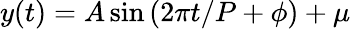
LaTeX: y(t)=A\sin{\left(2\pi t/P+\phi\right)}+\mu